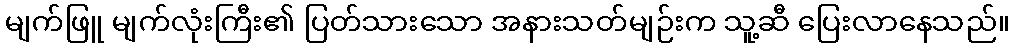
မျက်ဖြူ မျက်လုံးကြီး၏ ပြတ်သားသော အနားသတ်မျဉ်းက သူ့ဆီ ပြေးလာနေသည်။